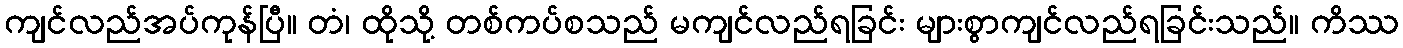
ကျင်လည်အပ်ကုန်ပြီ။ တံ၊ ထိုသို့ တစ်ကပ်စသည် မကျင်လည်ရခြင်း များစွာကျင်လည်ရခြင်းသည်။ ကိဿ